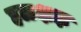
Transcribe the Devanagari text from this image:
हळक्षज्ञ